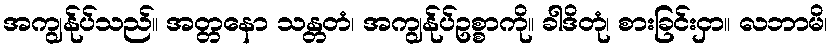
အကျွန်ုပ်သည်။ အတ္တနော သန္တတံ၊ အကျွန်ုပ်ဥစ္စာကို။ ခါဒိတုံ၊ စားခြင်းငှာ။ လဘာမိ၊